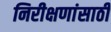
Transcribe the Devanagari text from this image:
निरीक्षणांसाठी